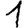
Digit: 1